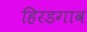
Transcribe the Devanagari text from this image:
हिरडगाव